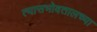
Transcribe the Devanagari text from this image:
त्यासभोवतालच्या